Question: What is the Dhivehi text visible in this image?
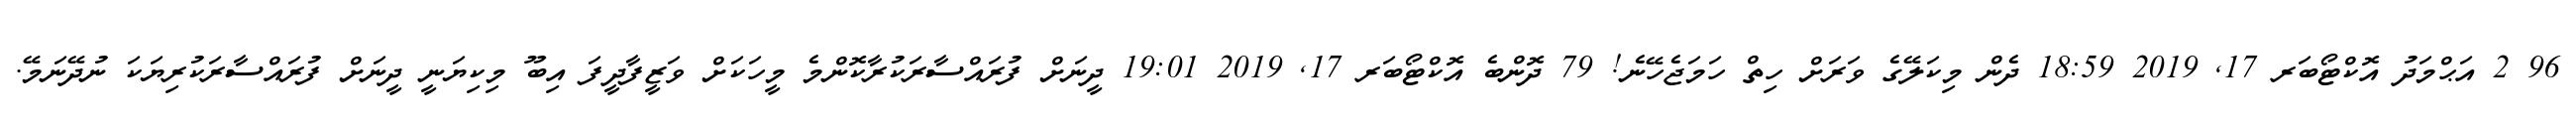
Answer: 96 2 އަޙްމަދު އޮކްޓޯބަރ 17, 2019 18:59 ދެން މިކަލޭގެ ވަރަށް ހިތް ހަމަޖެހޭނެ! 79 ދޮންބެ އޮކްޓޯބަރ 17, 2019 19:01 ދީނަށް ފުރައްސާރަކުރާކޮންމެ މީހަކަށް ވަޒީފާދީފަ އިބޫ މިކިޔަނީ ދީނަށް ފުރައްސާރަކުރިޔަކަ ނުދޭނަމޭ.